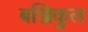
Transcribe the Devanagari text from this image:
बज्जिकुल